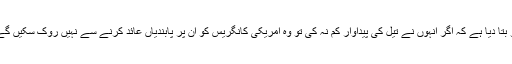
ایک سینئر امریکی عہدیدار نے بتایا کہ امریکی انتظامیہ نے سعودی عرب کو بتا دیا ہے کہ اگر انہوں نے تیل کی پیداوار کم نہ کی تو وہ امریکی کانگریس کو ان پر پابندیاں عائد کرنے سے نہیں روک سکیں گے اور اس کے نتیجے میں امریکی افواج کا سعودی عرب سے انخلا یقینی ہے۔